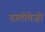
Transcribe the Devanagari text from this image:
दस्‍तोवेज़ों